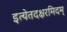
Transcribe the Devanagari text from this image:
इत्येतदक्षरमिदम्